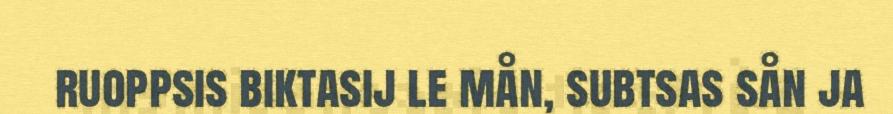
ruoppsis biktasij le mån, subtsas sån ja